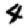
Digit: 4